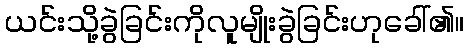
ယင်းသို့ခွဲခြင်းကိုလူမျိုးခွဲခြင်းဟုခေါ်၏။